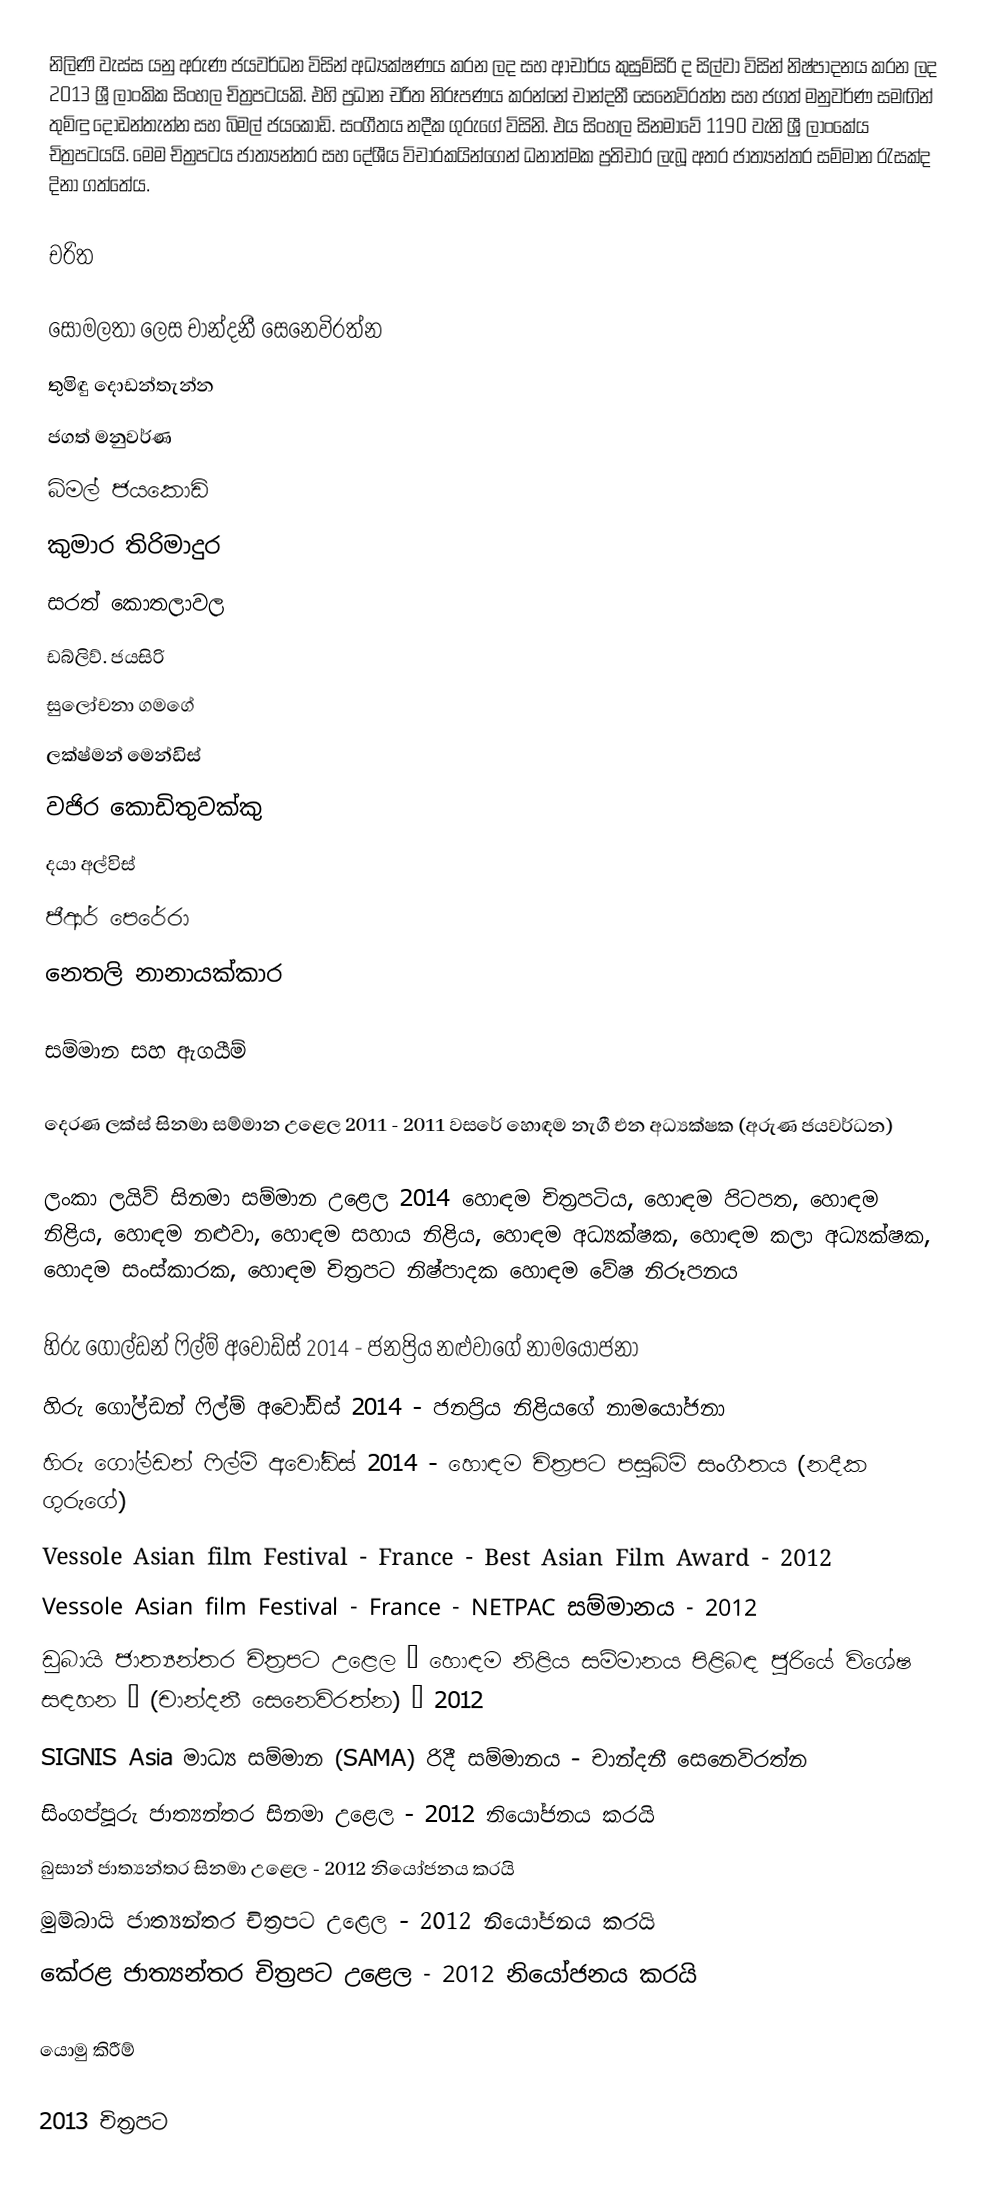
නිලිණි වැස්ස යනු අරුණ ජයවර්ධන විසින් අධ්‍යක්ෂණය කරන ලද සහ ආචාර්ය කුසුම්සිරි ද සිල්වා විසින් නිෂ්පාදනය කරන ලද 2013 ශ්‍රී ලාංකික සිංහල චිත්‍රපටයකි. එහි ප්‍රධාන චරිත නිරූපණය කරන්නේ චාන්දනී සෙනෙවිරත්න සහ ජගත් මනුවර්ණ සමඟින් තුමිඳු දොඩන්තැන්න සහ බිමල් ජයකොඩි. සංගීතය නදීක ගුරුගේ විසිනි. එය සිංහල සිනමාවේ 1190 වැනි ශ්‍රී ලාංකේය චිත්‍රපටයයි. මෙම චිත්‍රපටය ජාත්‍යන්තර සහ දේශීය විචාරකයින්ගෙන් ධනාත්මක ප්‍රතිචාර ලැබූ අතර ජාත්‍යන්තර සම්මාන රැසක්ද දිනා ගත්තේය.

චරිත

 සෝමලතා ලෙස චාන්දනී සෙනෙවිරත්න
 තුමිඳු දොඩන්තැන්න
 ජගත් මනුවර්ණ
 බිමල් ජයකොඩි
 කුමාර තිරිමාදුර
 සරත් කොතලාවල
 ඩබ්ලිව්. ජයසිරි
 සුලෝචනා ගමගේ
 ලක්ෂ්මන් මෙන්ඩිස්
 වජිර කොඩිතුවක්කු
 දයා අල්විස්
 ජීආර් පෙරේරා
 නෙතලි නානායක්කාර

සම්මාන සහ ඇගයීම්

 දෙරණ ලක්ස් සිනමා සම්මාන උළෙල 2011 - 2011 වසරේ හොඳම නැගී එන අධ්‍යක්ෂක (අරුණ ජයවර්ධන)

 ලංකා ලයිව් සිනමා සම්මාන උළෙල 2014 හොඳම චිත්‍රපටිය, හොඳම පිටපත, හොඳම නිළිය, හොඳම නළුවා, හොඳම සහාය නිළිය, හොඳම අධ්‍යක්ෂක, හොඳම කලා අධ්‍යක්ෂක, හොදම සංස්කාරක, හොඳම චිත්‍රපට නිෂ්පාදක හොඳම වේෂ නිරූපනය

 හිරු ගෝල්ඩන් ෆිල්ම් අවෝඩ්ස් 2014 - ජනප්‍රිය නළුවාගේ නාමයෝජනා
 හිරු ගෝල්ඩන් ෆිල්ම් අවෝඩ්ස් 2014 - ජනප්‍රිය නිළියගේ නාමයෝජනා
 හිරු ගෝල්ඩන් ෆිල්ම් අවෝඩ්ස් 2014 - හොඳම චිත්‍රපට පසුබිම් සංගීතය (නදීක ගුරුගේ)
 Vessole Asian film Festival - France - Best Asian Film Award - 2012
 Vessole Asian film Festival - France - NETPAC සම්මානය - 2012
 ඩුබායි ජාත්‍යන්තර චිත්‍රපට උළෙල – හොඳම නිළිය සම්මානය පිළිබඳ ජූරියේ විශේෂ සඳහන – (චාන්දනී සෙනෙවිරත්න) – 2012
 SIGNIS Asia මාධ්‍ය සම්මාන (SAMA) රිදී සම්මානය - චාන්දනී සෙනෙවිරත්න
 සිංගප්පූරු ජාත්‍යන්තර සිනමා උළෙල - 2012 නියෝජනය කරයි
 බුසාන් ජාත්‍යන්තර සිනමා උළෙල - 2012 නියෝජනය කරයි
 මුම්බායි ජාත්‍යන්තර චිත්‍රපට උළෙල - 2012 නියෝජනය කරයි
 කේරළ ජාත්‍යන්තර චිත්‍රපට උළෙල - 2012 නියෝජනය කරයි

යොමු කිරීම්

2013 චිත්‍රපට